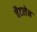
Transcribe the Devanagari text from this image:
चैटलेन